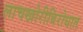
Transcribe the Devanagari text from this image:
लाचखोरीविरोधात